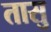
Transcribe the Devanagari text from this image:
तासु